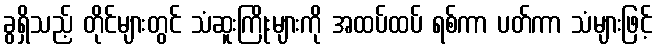
ခွရှိသည့် တိုင်များတွင် သံဆူးကြိုးများကို အထပ်ထပ် ရစ်ကာ ပတ်ကာ သံများဖြင့်